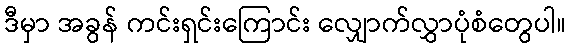
ဒီမှာ အခွန် ကင်းရှင်းကြောင်း လျှောက်လွှာပုံစံတွေပါ။